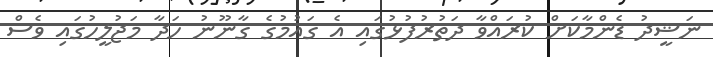
ނަޝީދު ޑެންމާކަށް ކުރައްވާ ދަތުރުފުޅުގައި އެ ގައުމުގެ ގާނޫނު ހަދާ މަޖުލީހުގައި ވެސް